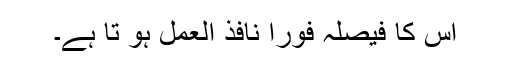
اس کا فیصلہ فورا نافذ العمل ہو تا ہے۔